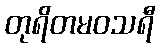
တုရိတမဝသရီ